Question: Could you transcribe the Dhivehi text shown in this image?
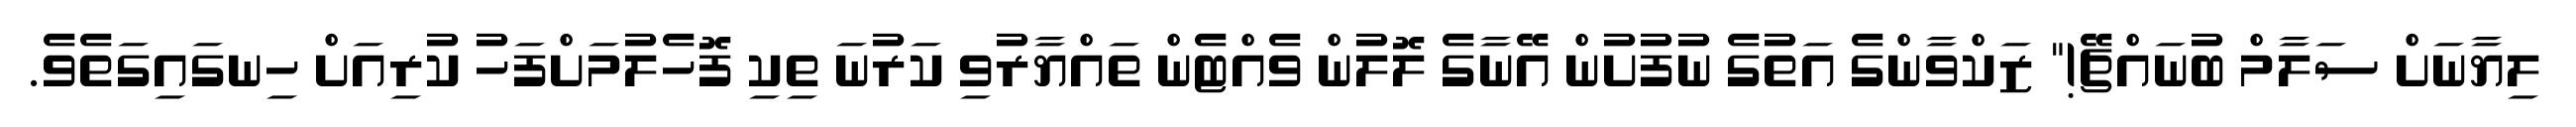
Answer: ލިޔާނަށް ސަލާމް ބުނައްޗޭ!" ޒަކްވާންގެ އަތުގެ ނުފުށުން އޭނާގެ ލޮލުން ވެއްޓެން ތައްޔާރުވި ކަރުނަ ތިކި ފޮހެލުމަށްފަހު ކުރިއަށް ހިނގައިގަތެވެ.